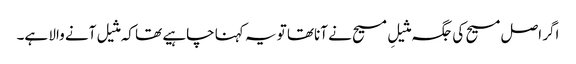
اگر اصل مسیح کی جگہ مثیلِ مسیح نے آناتھا تو یہ کہنا چاہیے تھا کہ مثیل آنے والا ہے۔